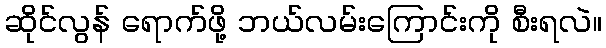
ဆိုင်လွန် ရောက်ဖို့ ဘယ်လမ်းကြောင်းကို စီးရလဲ။